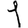
Digit: 1